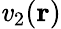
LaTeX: \mathit{v}_{2}(\mathbf{{r}})